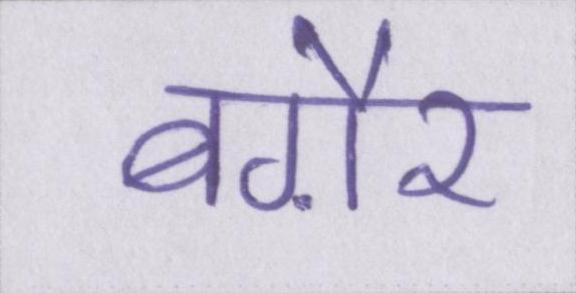
बग़ैर